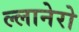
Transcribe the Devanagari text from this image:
ल्लानेरो